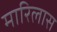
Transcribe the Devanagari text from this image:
मारिलास